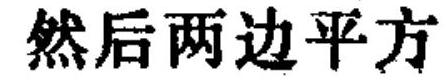
然后两边平方